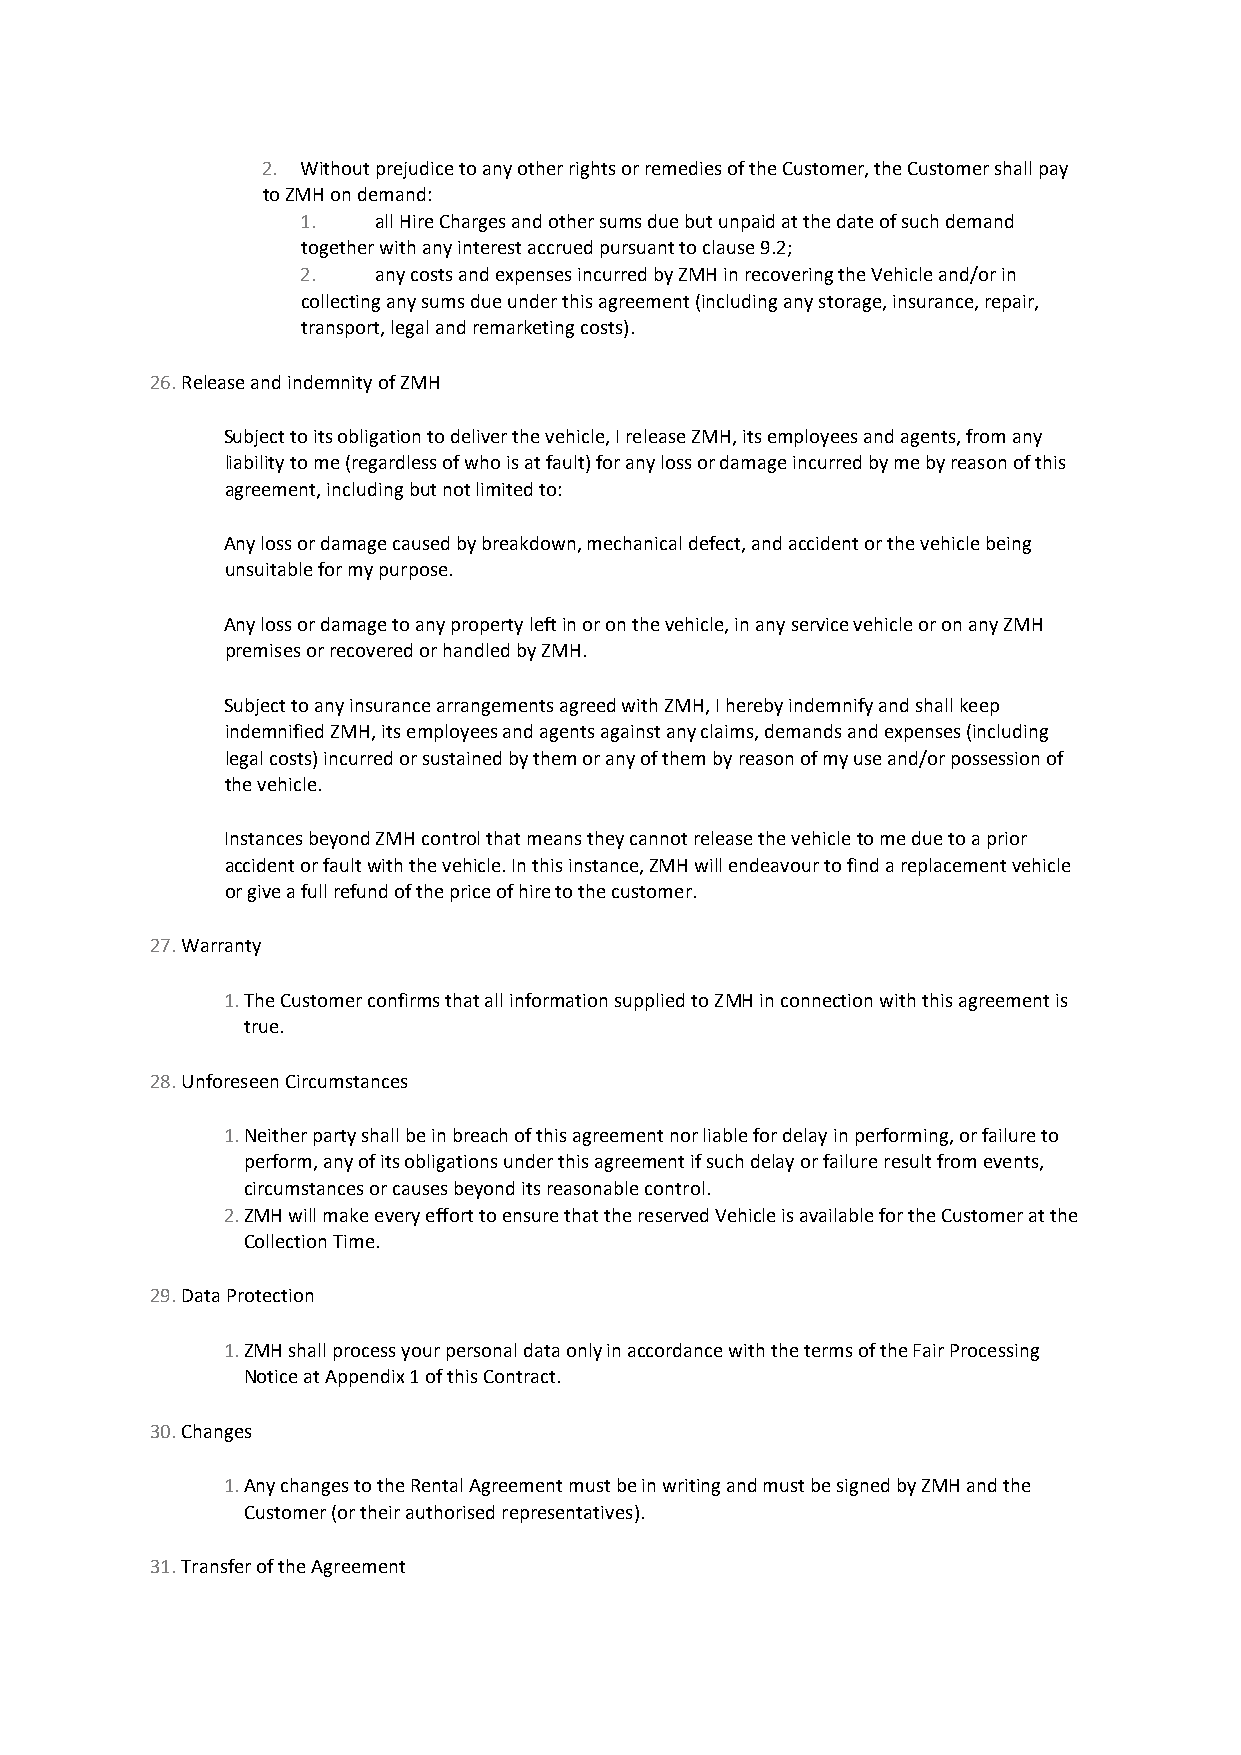
2. Without prejudice to any other rights or remedies of the Customer, the Customer shall pay
 to ZMH on demand:
 1.   all Hire Charges and other sums due but unpaid at the date of such demand
 together with any interest accrued pursuant to clause 9.2;
 2.   any costs and expenses incurred by ZMH in recovering the Vehicle and/or in
 collecting any sums due under this agreement (including any storage, insurance, repair,
 transport, legal and remarketing costs).
 26. Release and indemnity of ZMH
 Subject to its obligation to deliver the vehicle, I release ZMH, its employees and agents, from any
 liability to me (regardless of who is at fault) for any loss or damage incurred by me by reason of this
 agreement, including but not limited to:
 Any loss or damage caused by breakdown, mechanical defect, and accident or the vehicle being
 unsuitable for my purpose.
 Any loss or damage to any property left in or on the vehicle, in any service vehicle or on any ZMH
 premises or recovered or handled by ZMH.
 Subject to any insurance arrangements agreed with ZMH, I hereby indemnify and shall keep
 indemnified ZMH, its employees and agents against any claims, demands and expenses (including
 legal costs) incurred or sustained by them or any of them by reason of my use and/or possession of
 the vehicle.
 Instances beyond ZMH control that means they cannot release the vehicle to me due to a prior
 accident or fault with the vehicle. In this instance, ZMH will endeavour to find a replacement vehicle
 or give a full refund of the price of hire to the customer.
 27. Warranty
 1. The Customer confirms that all information supplied to ZMH in connection with this agreement is
 true.
 28. Unforeseen Circumstances
 1. Neither party shall be in breach of this agreement nor liable for delay in performing, or failure to
 perform, any of its obligations under this agreement if such delay or failure result from events,
 circumstances or causes beyond its reasonable control.
 2. ZMH will make every effort to ensure that the reserved Vehicle is available for the Customer at the
 Collection Time.
 29. Data Protection
 1. ZMH shall process your personal data only in accordance with the terms of the Fair Processing
 Notice at Appendix 1 of this Contract.
 30. Changes
 1. Any changes to the Rental Agreement must be in writing and must be signed by ZMH and the
 Customer (or their authorised representatives).
 31. Transfer of the Agreement